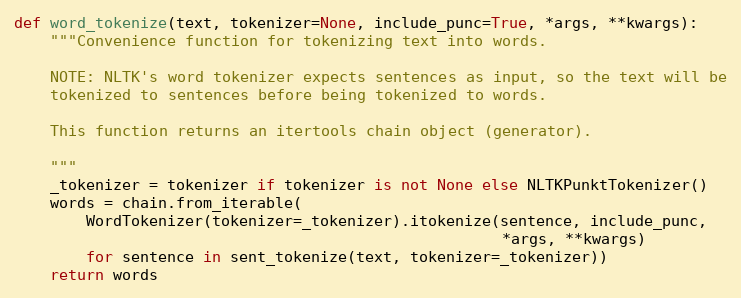
Language: Python
def word_tokenize(text, tokenizer=None, include_punc=True, *args, **kwargs):
    """Convenience function for tokenizing text into words.

    NOTE: NLTK's word tokenizer expects sentences as input, so the text will be
    tokenized to sentences before being tokenized to words.

    This function returns an itertools chain object (generator).

    """
    _tokenizer = tokenizer if tokenizer is not None else NLTKPunktTokenizer()
    words = chain.from_iterable(
        WordTokenizer(tokenizer=_tokenizer).itokenize(sentence, include_punc,
                                                      *args, **kwargs)
        for sentence in sent_tokenize(text, tokenizer=_tokenizer))
    return words